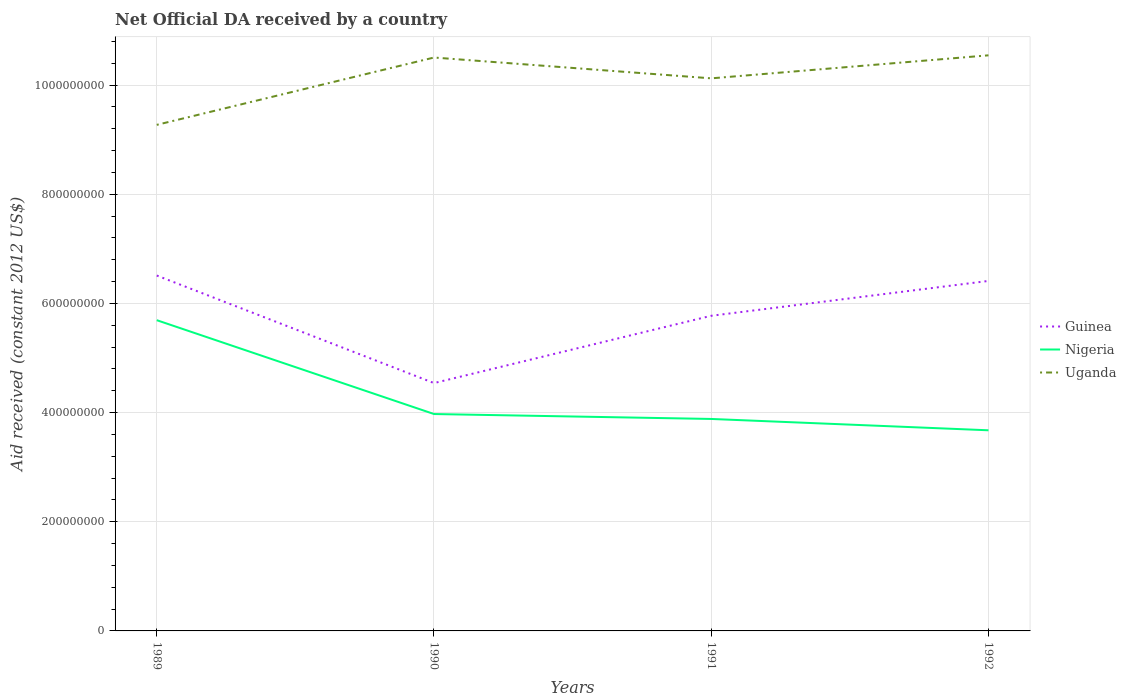
| Years | Guinea | Nigeria | Uganda |
 | --- | --- | --- | --- |
 | 1989 | 6.51e+08 | 5.69e+08 | 9.27e+08 |
 | 1990 | 4.54e+08 | 3.97e+08 | 1.05e+09 |
 | 1991 | 5.77e+08 | 3.88e+08 | 1.01e+09 |
 | 1992 | 6.41e+08 | 3.68e+08 | 1.05e+09 |